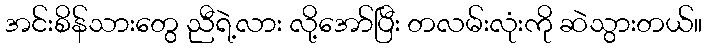
အင်းစိန်သားတွေ ညီရဲ့လား လို့အော်ပြီး တလမ်းလုံးကို ဆဲသွားတယ်။